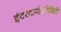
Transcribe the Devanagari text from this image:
इंटरकनेक्टेविटी